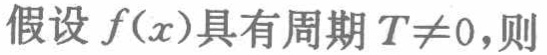
假设 \(f(x)\)具有周期 \(T\neq0\)，则